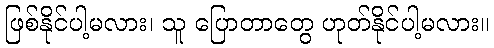
ဖြစ်နိုင်ပါ့မလား၊ သူ ပြောတာတွေ ဟုတ်နိုင်ပါ့မလား။